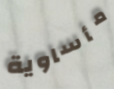
مأساوية